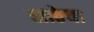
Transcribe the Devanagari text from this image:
साठेचा